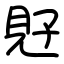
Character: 覎